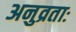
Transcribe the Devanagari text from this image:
अनुव्रताः